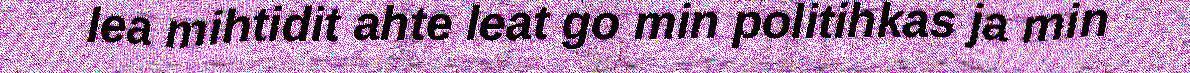
lea mihtidit ahte leat go min politihkas ja min